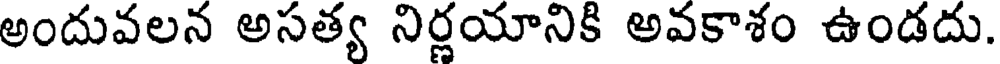
అందువలన అసత్య నిర్ణయానికి అవకాశం ఉండదు.